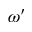
\omega ^ { \prime }